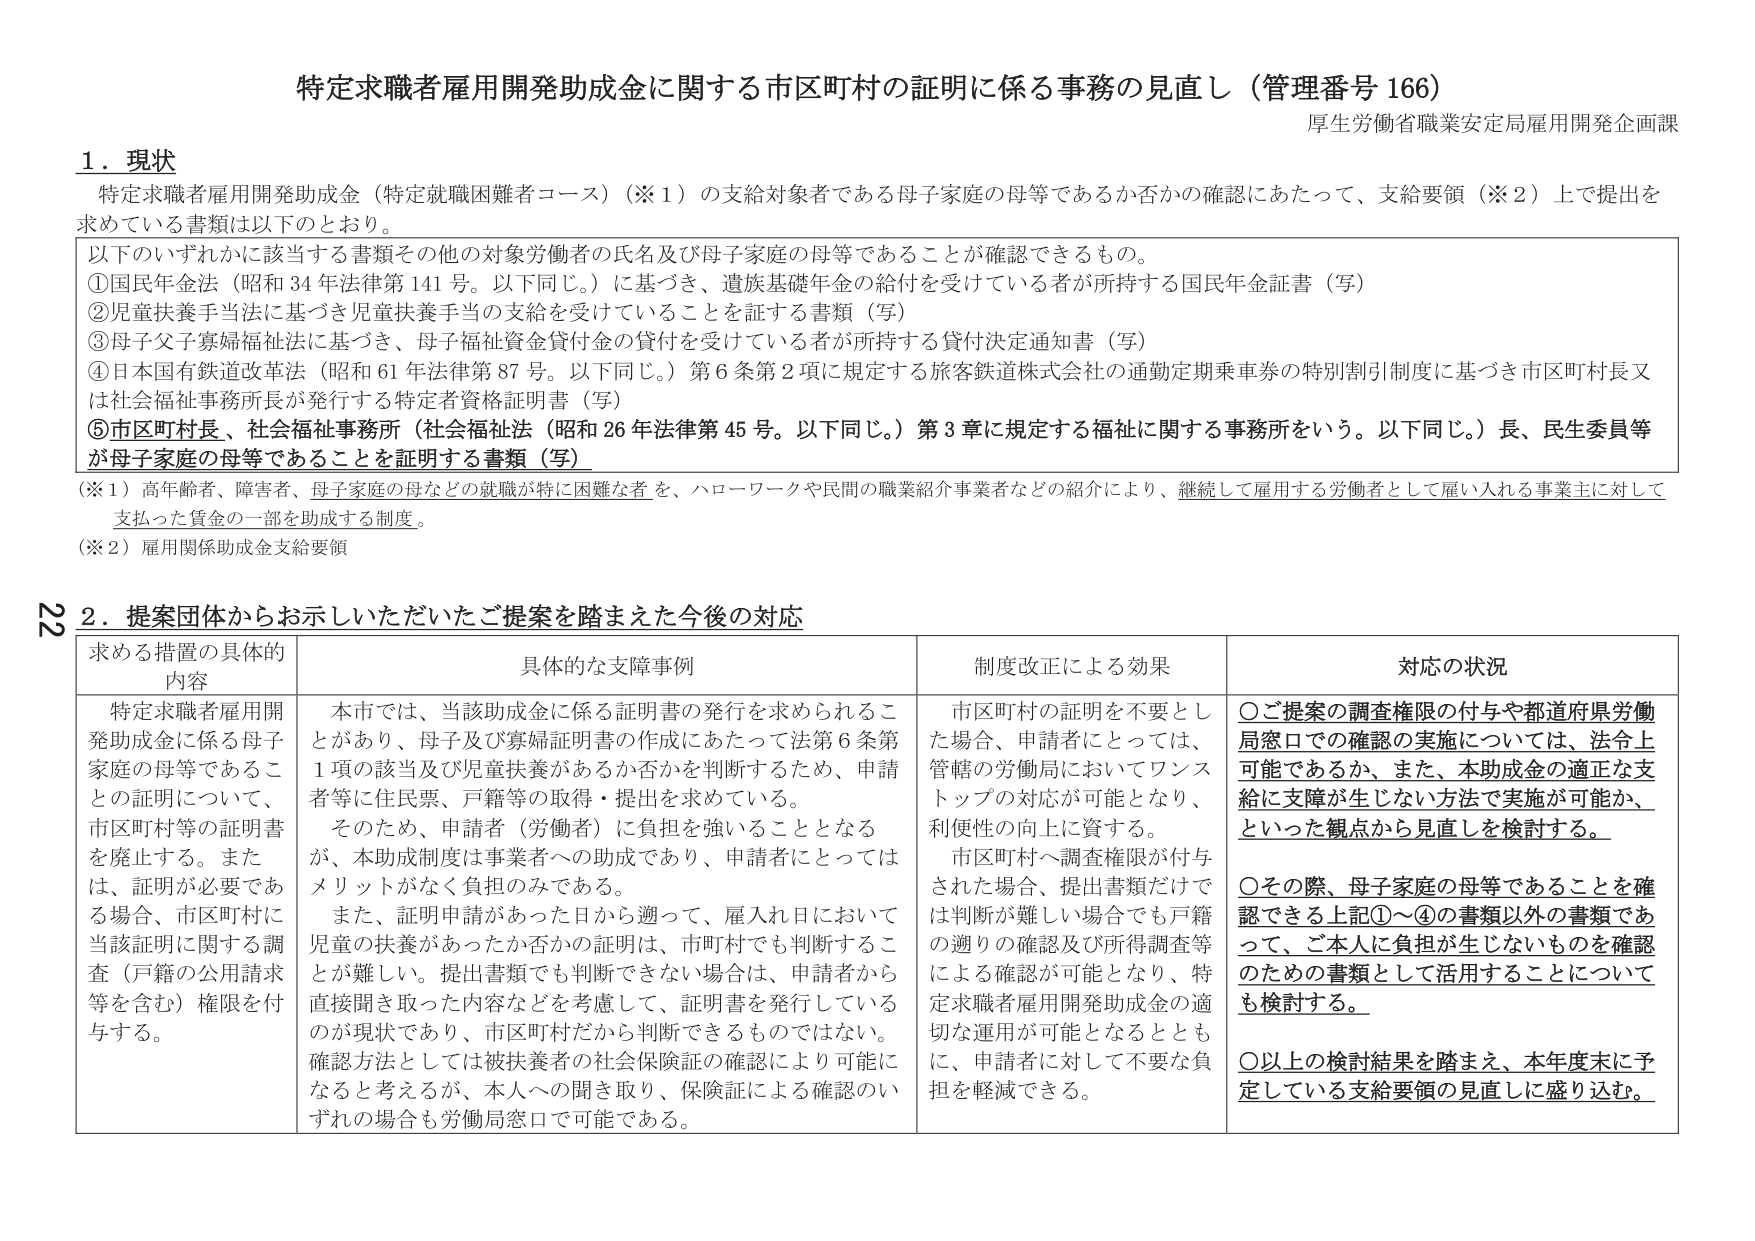
特定求職者雇用開発助成金に関する市区町村の証明に係る事務の見直し（管理番号 166）
厚生労働省職業安定局雇用開発企画課

1．現状
特定求職者雇用開発助成金（特定就職困難者コース）（※1）の支給対象者である母子家庭の母等であるか否かの確認にあたって、支給要領（※2）上で提出を
求めている書類は以下のとおり。

以下のいずれかに該当する書類その他その対象労働者の氏名及び母子家庭の母等であることが確認できるもの。
①国民年金法（昭和34年法律第141号。以下同じ。）に基づき、遺族基礎年金の給付を受けている者が所持する国民年金証書（写）
②児童扶養手当法に基づき児童扶養手当の支給を受けていることを証する書類（写）
③母子父子寡婦福祉法に基づき、母子福祉資金貸付金の貸付を受けている者が所持する貸付決定通知書（写）
④日本国有鉄道改革法（昭和61年法律第87号。以下同じ。）第6条第2項に規定する旅客鉄道株式会社の通勤定期乗車券の特別割引制度に基づき市区町村長又は社会福祉事務所長が発行する特定者資格証明書（写）
⑤市区町村長、社会福祉事務所（社会福祉法（昭和26年法律第45号。以下同じ。）第3章に規定する福祉に関する事務所をいう。以下同じ。）長、民生委員等が母子家庭の母等であることを証明する書類（写）

（※1）高年齢者、障害者、母子家庭の母などの就職が特に困難な者を、ハローワークや民間の職業紹介事業者などの紹介により、継続して雇用する労働者として雇い入れる事業主に対して支払った賃金の一部を助成する制度。
（※2）雇用関係助成金支給要領

2．提案団体からお示しいただいたご提案を踏まえた今後の対応

| 求める措置の具体的内容 | 具体的な支障事例 | 制度改正による効果 | 対応の状況 |
|-------------------------|------------------|---------------------|-------------|
| 特定求職者雇用開発助成金に係る母子家庭の母等であることの証明について、市区町村等の証明書を廃止する。また、証明が必要である場合、市区町村に当該証明に関する調査（戸籍の公用請求等を含む）権限を付与する。 | 本市では、当該助成金に係る証明書の発行を求められることがあり、母子及び寡婦証明書の作成にあたって法第6条第1項の該当及び児童扶養があるか否かを判断するため、申請者等に住民票、戸籍等の取得・提出を求めている。そのため、申請者（労働者）に負担を強いることとなるが、本助成制度は事業者への助成であり、申請者にとってはメリットがなく負担のみである。また、証明申請があった日から遡って、雇入れ日において児童の扶養があったか否かの証明は、市町村でも判断することが難しい。提出書類でも判断できない場合は、申請者から直接聞き取った内容などを考慮して、証明書を発行しているのが現状であり、市区町村だから判断できるものではない。確認方法としては被扶養者の社会保険証の確認により可能になると考えるが、本人への聞き取り、保険証による確認のいずれの場合も労働局窓口で可能である。 | 市区町村の証明を不要とした場合、申請者にとっては、管轄の労働局においてワンストップの対応が可能となり、利便性の向上に資する。市区町村へ調査権限が付与された場合、提出書類だけでは判断が難しい場合でも戸籍の通りの確認及び所得調査等による確認が可能となり、特定求職者雇用開発助成金の適切な運用が可能となるとともに、申請者に対して不要な負担を軽減できる。 | ○ご提案の調査権限の付与や都道府県労働局窓口での確認の実施については、法令上可能であるか、また、本助成金の適正な支給に支障が生じない方法で実施が可能か、といった観点から見直しを検討する。
○その際、母子家庭の母等であることを確認できる上記①～④の書類以外の書類であって、ご本人に負担が生じないものを確認のための書類として活用することについても検討する。
○以上の検討結果を踏まえ、本年度末に予定している支給要領の見直しに盛り込む。 |

22